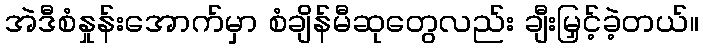
အဲဒီစံနှုန်းအောက်မှာ စံချိန်မီဆုတွေလည်း ချီးမြှင့်ခဲ့တယ်။